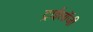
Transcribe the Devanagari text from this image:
ट्राईलॉजी